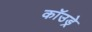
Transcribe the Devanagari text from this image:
कॉउड्रे